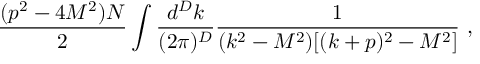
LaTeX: \frac { ( p ^ { 2 } - 4 M ^ { 2 } ) N } 2 \int \frac { d ^ { D } k } { ( 2 \pi ) ^ { D } } \frac { 1 } { ( k ^ { 2 } - M ^ { 2 } ) [ ( k + p ) ^ { 2 } - M ^ { 2 } ] } \, \, ,